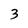
Character: 3